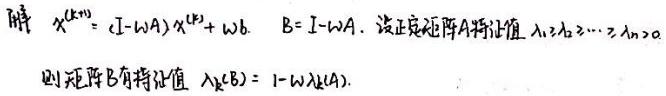
解 $x^{(k+1)}=(I - \omega A)x^{(k)}+\omega b$. $B = I - \omega A$. 设正定矩阵$A$特征值 $\lambda_1,\lambda_2,\cdots,\lambda_n>0$.
则矩阵$B$有特征值 $\lambda_k(B)=1 - \omega\lambda_k(A)$.